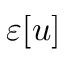
\varepsilon [ u ]